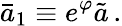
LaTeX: \bar{a}_{1}\equiv e^{\varphi}\tilde{a}\, .